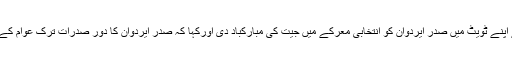
تحریک انصاف کے سربراہ عمران خان نے اپنے ٹویٹ میں صدر ایردوان کو انتخابی معرکے میں جیت کی مبارکباد دی اورکہا کہ صدر ایردوان کا دور صدرات ترک عوام کے لیے استحکام اور خوشحالی کا موجب بنے۔